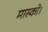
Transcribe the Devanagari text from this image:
मास्को।